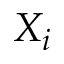
X _ { i }